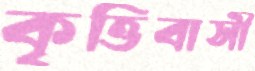
কৃত্তিবাসী